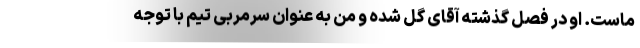
ماست. او در فصل گذشته آقای گل شده و من به عنوان سرمربی تیم با توجه